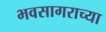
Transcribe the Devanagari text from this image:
भवसागराच्या